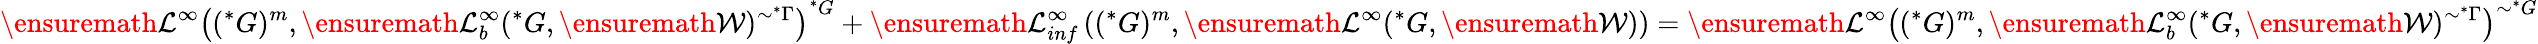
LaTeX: \ensuremath{\mathcal{L}}^{\infty}\left((^{*}G)^{m},\ensuremath{\mathcal{L}}_{b}^{\infty}(^{*}G,\ensuremath{\mathcal{W}})^{\sim^{*}\Gamma}\right)^{^{*}G}+\ensuremath{\mathcal{L}}_{inf}^{\infty}\left((^{*}G)^{m},\ensuremath{\mathcal{L}}^{\infty}(^{*}G,\ensuremath{\mathcal{W}})\right)=\ensuremath{\mathcal{L}}^{\infty}\left((^{*}G)^{m},\ensuremath{\mathcal{L}}_{b}^{\infty}(^{*}G,\ensuremath{\mathcal{W}})^{\sim^{*}\Gamma}\right)^{\sim^{*}G}